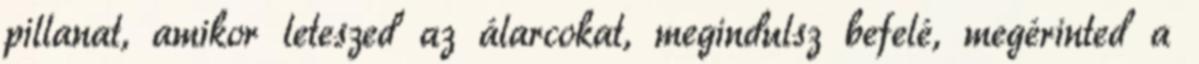
pillanat, amikor leteszed az álarcokat, megindulsz befelé, megérinted a